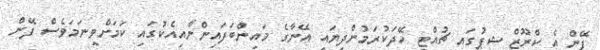
ފޭން އެ ކްރޫޒް ޝިޕުގައި ޗުއްޓީ ހޭދަކުރަމުންދިޔައީ އޭނާގެ މައިންބަފައިންނާއިއެކުގައި ކަމަށްވީނަމަވެސް ފޭން